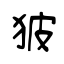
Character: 狓